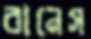
বানেস